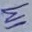
Text: 1M